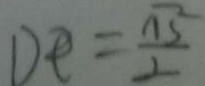
D E = \frac { \sqrt { 1 5 } } { 2 }